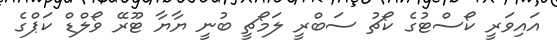
އައިވަރީ ކޯސްޓުގެ ކޯޗު ސަބްރީ ލަމޯޗީ ބުނީ ޔާޔާ ޓޫރޭ ވޯލްޑް ކަޕްގެ